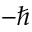
- \hbar